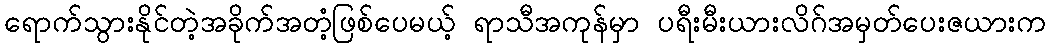
ရောက်သွားနိုင်တဲ့အခိုက်အတံ့ဖြစ်ပေမယ့် ရာသီအကုန်မှာ ပရီးမီးယားလိဂ်အမှတ်ပေးဇယားက